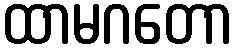
ထာမဂတော